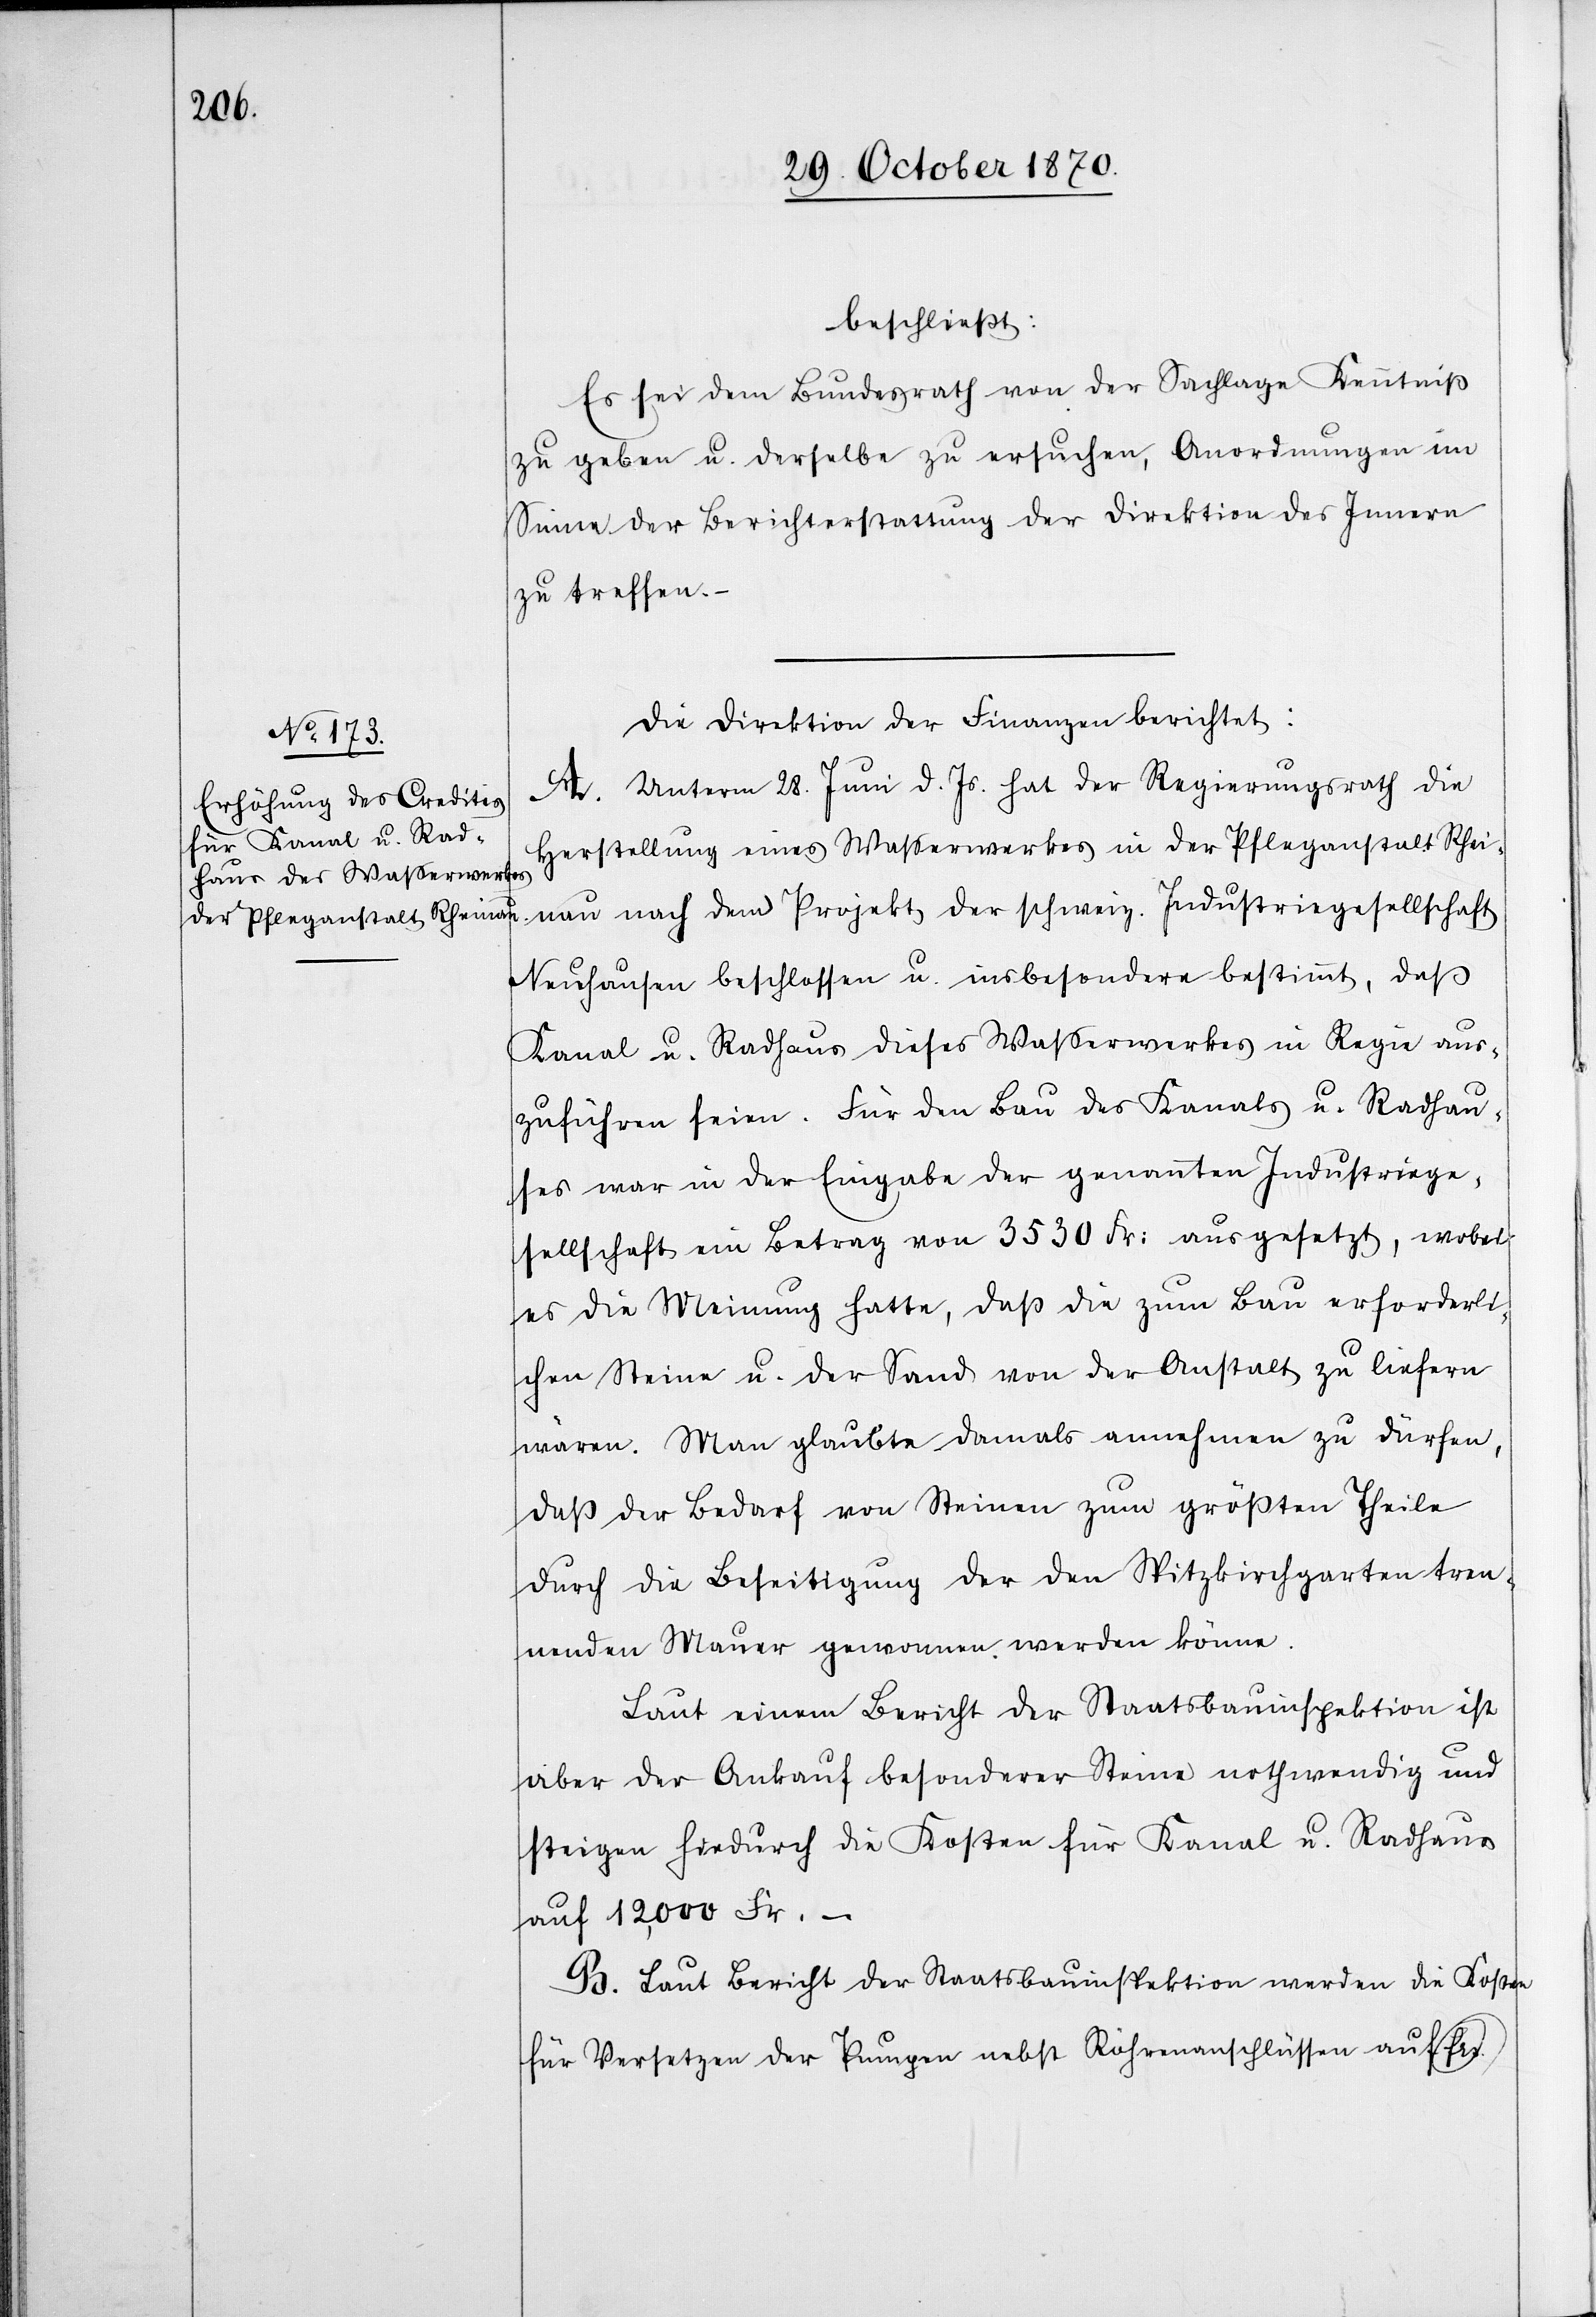
beschließt:
Es sei dem Bundesrath von der Sachlage Kenntnis
zu geben u. derselbe zu ersuchen, Anordnungen im
Sinne der Berichterstattung der Direktion des Innern
zu treffen.
Die Direktion der Finanzen berichtet:
A. Unterm 28. Juni d. Js. hat der Regierungsrath die
Herstellung eines Waßerwerkes in der Pfleganstalt Rhei¬
nau nach dem Projekt der schweiz. Industriegesellschaft
Neuhausen beschlossen u. insbesondere bestimmt, daß
Kanal u. Radhaus dieses Wasserwerkes in Regie aus¬
zuführen seien. Für den Bau des Kanals u. Radhau¬
ses war in der Eingabe der genannten Industriege¬
sellschaft ein Betrag von 3530 Fr: ausgesetzt, wobei
es die Meinung hatte, daß die zum Bau erforderli¬
chen Steine u. der Sand von der Anstalt zu liefern
wären. Man glaubte damals annehmen zu dürfen,
daß der Bedarf von Steinen zum größten Theile
durch die Beseitigung der den Spitzkirchgarten tren¬
nenden Mauer gewonnen werden könne.
Laut einem Bericht der Staatsbauinspektion ist
aber der Ankauf besonderer Steine nothwendig und
steigen hiedurch die Kosten für Kanal u. Radhaus
auf 12,000 Fr. –
B. Laut Bericht der Staatsbauinspektion werden die Kosten
für Versetzen der Pumpen nebst Röhrenanschlussen auf